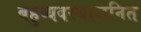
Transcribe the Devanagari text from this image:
बहुव्यवस्थाजनित